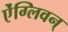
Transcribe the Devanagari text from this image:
ऐंग्लिवन्